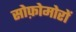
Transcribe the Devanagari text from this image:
सोफ़ोमोरों